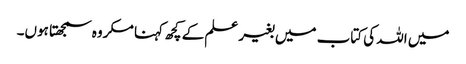
میں اللہ کی کتاب میں بغیر علم کے کچھ کہنا مکروہ سمجھتا ہوں۔